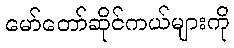
မော်တော်ဆိုင်ကယ်များကို